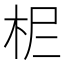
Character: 𣐓